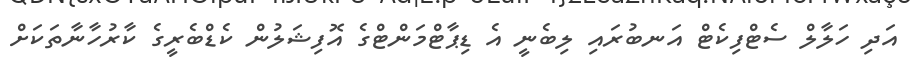
އަދި ހަލާލް ސެޓްފިކެޓް އަނބުރައި ލިބެނީ އެ ޑިޕާޓްމަންޓްގެ އޮފިޝަލުން ކެޑްބެރީގެ ކާރުހާނާތަކަށް